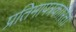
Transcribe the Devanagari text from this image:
प्रतिमापत्रकारिता